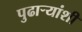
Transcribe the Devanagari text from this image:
पुढाऱ्यांशी